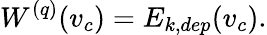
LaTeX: W^{(q)}(v_{c})=E_{k,dep}(v_{c}).